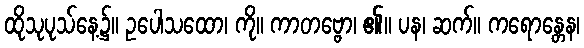
ထိုသုပုသ်နေ့၌။ ဥပေါသထော၊ ကို။ ကာတဗ္ဗော၊ ၏။ ပန၊ ဆက်။ ကရောန္တေန၊